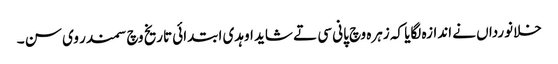
خلانورداں نے اندازہ لگایا کہ زہرہ وچ پانی سی تے شاید اوہدی ابتدائی تاریخ وچ سمندر وی سن ۔